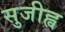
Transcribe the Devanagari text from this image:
सुजीह्व